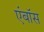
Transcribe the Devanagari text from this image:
एंबॉस